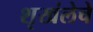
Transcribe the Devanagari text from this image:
शृखंलेचे